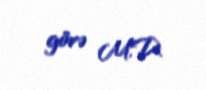
görə M.D.